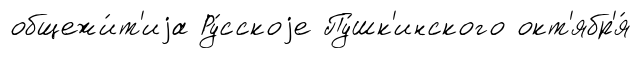
общежи́т'иjа Ру́сскоjе Пу́шк'инского окт'ябр'я́